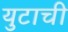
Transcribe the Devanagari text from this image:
युटाची